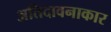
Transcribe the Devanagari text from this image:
अतिदावनाकार